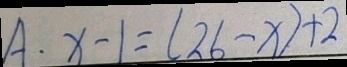
A \cdot x - 1 = ( 2 6 - x ) + 2